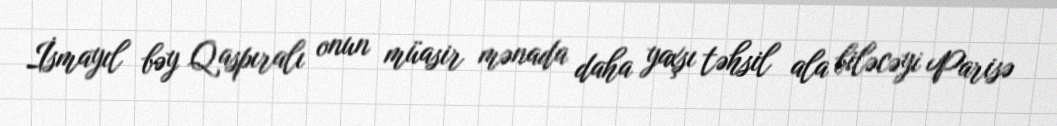
İsmayıl bəy Qaspıralı onun müasir mənada daha yaxşı təhsil ala biləcəyi Parisə